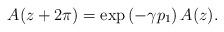
LaTeX: \begin{align*}A(z+2\pi)=\exp\left(-\gamma p_1\right)A(z).\end{align*}